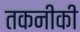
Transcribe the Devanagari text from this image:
तकनीकी